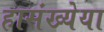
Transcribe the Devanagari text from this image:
हासंख्येया